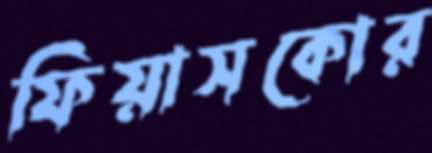
ফিয়াসকোর